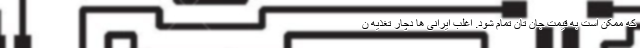
که ممکن است به قیمت جان تان تمام شود. اغلب ایرانی ها دچار تغذیه ن